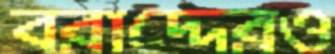
বরাদ্দেরও